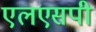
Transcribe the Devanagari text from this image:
एलएसपी